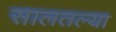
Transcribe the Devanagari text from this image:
सालतल्या